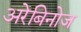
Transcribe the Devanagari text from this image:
अरेबिनोज